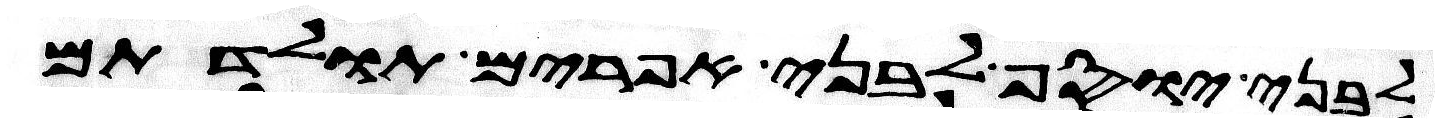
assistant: לבני יוסף לבני אפרים תולדתם